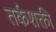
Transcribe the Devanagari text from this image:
तर्कशक्ती